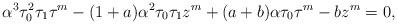
LaTeX: \begin{align*}\alpha^3 \tau_0^2 \tau_1 \tau^m - (1+a) \alpha^2 \tau_0 \tau_1 z^m + (a+b) \alpha \tau_0 \tau^m - bz^m = 0,\end{align*}